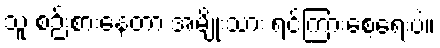
သူ စဉ်းစားနေတာ အမျိုးသား ရင်ကြားစေ့ရေးပဲ။